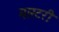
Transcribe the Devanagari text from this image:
मास्‍टरी